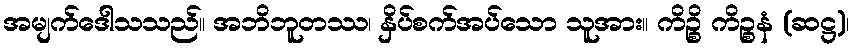
အမျက်ဒေါသသည်။ အဘိဘူတဿ၊ နှိပ်စက်အပ်သော သူအား။ ကိဉ္စိ ကိဉ္စနံ (ဆဋ္ဌ)၊